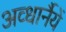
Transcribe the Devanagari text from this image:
अव्धार्नैयें